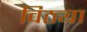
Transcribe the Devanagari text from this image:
विठ्या